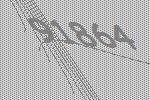
91864